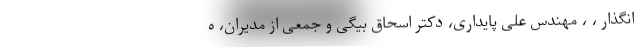
انگذار ، ، مهندس علی پایداری، دکتر اسحاق بیگی و جمعی از مدیران، ه